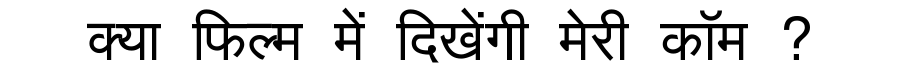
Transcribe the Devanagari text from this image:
क्या फिल्म में दिखेंगी मेरी कॉम ?